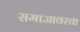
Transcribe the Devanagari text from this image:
समाजावरचा